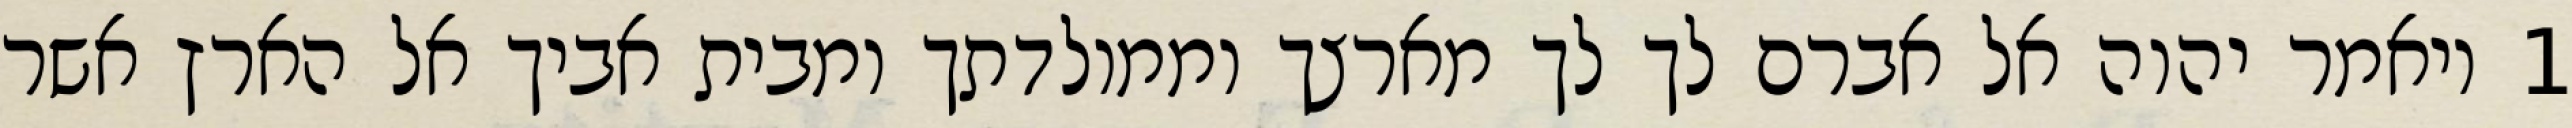
1 ויאמר יהוה אל אברם לך לך מארצך וממולדתך ומבית אביך אל הארץ אשר